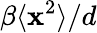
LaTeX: \beta\langle\mathbf{x}^{2}\rangle/d